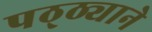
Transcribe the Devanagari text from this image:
पठ्ठ्याने